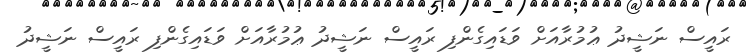
ރައީސް ނަޝީދު ޢުމުރާއަށް ވަޑައިގެންފި ރައީސް ނަޝީދު ޢުމުރާއަށް ވަޑައިގެންފި ރައީސް ނަޝީދު